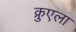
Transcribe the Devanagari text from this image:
क्रुएला